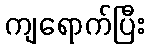
ကျရောက်ပြီး